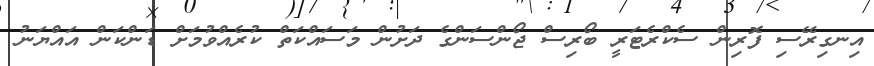
އިނގިރޭސި ފޮރިން ސެކްރެޓަރީ ބޯރިސް ޖޯންސަންގެ ދަށުން މަސައްކަތް ކުރެއްވުމަށް ޑަންކަން އައްޔަނު